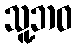
သူ့ဘဝ